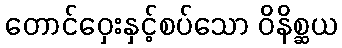
တောင်ဝှေးနှင့်စပ်သော ဝိနိစ္ဆယ